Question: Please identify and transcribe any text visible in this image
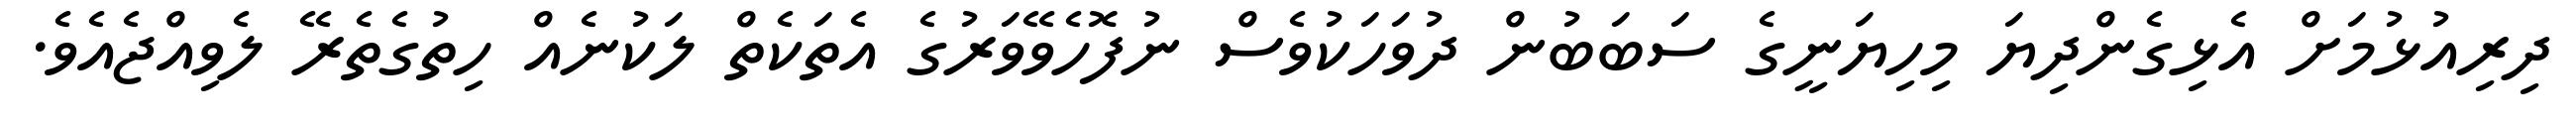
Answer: ދިރިއުޅުމަށް އެޅިގެންދިޔަ މިހިޔަނީގެ ސަބަބުން ދުވަހަކުވެސް ނުފޮހެވޭވަރުގެ އެތަކެތް ލަކުނެއް ހިތުގެތެރޭ ލެވިއްޖެއެވެ.